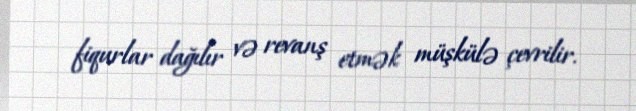
fiqurlar dağılır və revanş etmək müşkülə çevrilir.